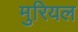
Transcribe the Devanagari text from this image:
मुरियल